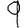
Digit: 9